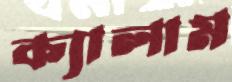
ক্যালাম